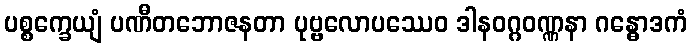
ပစ္စက္ခေယျံ ပဏီတဘောဇနတာ ပုဗ္ဗလောပဿေဝ ဒါနဝဂ္ဂဝဏ္ဏနာ ဂန္ဓောဒကံ